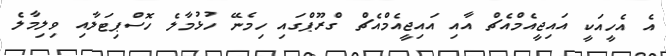
އެ އެހީއަކީ އައިޖީއެމްއެޗް އާއި އައިޖީއެމްއެޗް ގްރޫޕްގައި ހިމެނޭ ހުޅުމާލެ ހޮސްޕިޓަލާއި ވިލިމާލެ